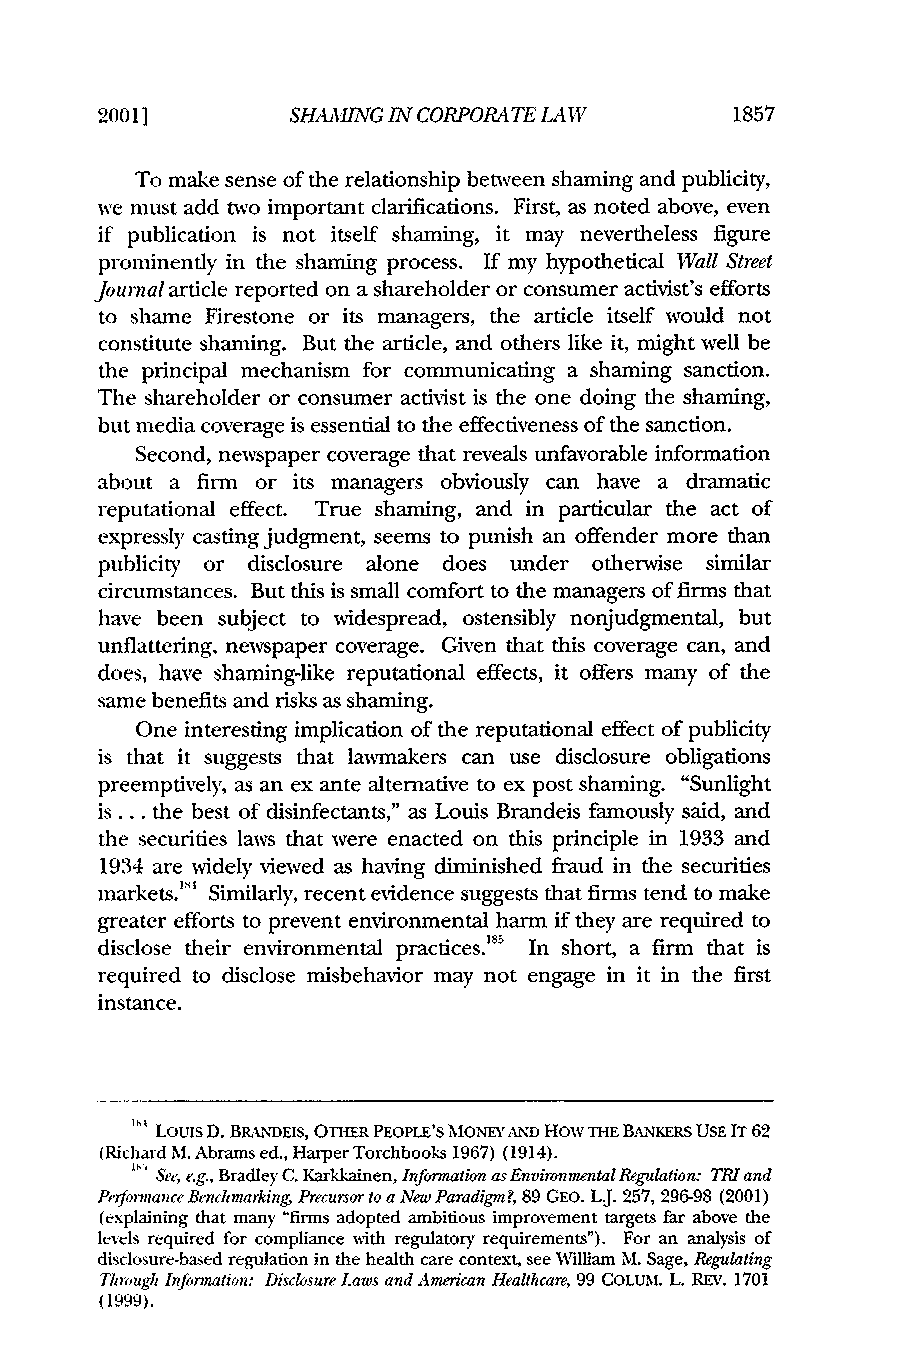
20011        SHAMING 1N CORPORATE LA      11857
 To make sense of the relationship between shaming and publicity,
 we must add two important clarifications. First, as noted above, even
 if publication is not itself shaming, it may nevertheless figure
 prominently in the shaming process. If my hypothetical Wall Street
 Journala rticle reported on a shareholder or consumer activist's efforts
 to shame Firestone or its managers, the article itself would not
 constitute shaming. But the article, and others like it, might well be
 the principal mechanism for communicating a shaming sanction.
 The shareholder or consumer activist is the one doing the shaming,
 but media coverage is essential to the effectiveness of the sanction.
 Second, newspaper coverage that reveals unfavorable information
 about a firm or its managers obviously can have a dramatic
 reputational effect. True shaming, and in particular the act of
 expressly casting judgment, seems to punish an offender more than
 publicity or disclosure alone does under otherwise similar
 circumstances. But this is small comfort to the managers of firms that
 have been subject to widespread, ostensibly nonjudgmental, but
 unflattering, newspaper coverage. Given that this coverage can, and
 does, have shaming-like reputational effects, it offers many of the
 same benefits and risks as shaming.
 One interesting implication of the reputational effect of publicity
 is that it suggests that lamakers can use disclosure obligations
 preemptively, as an ex ante alternative to ex post shaming. "Sunlight
 is... the best of disinfectants," as Louis Brandeis famously said, and
 the securities laws that were enacted on this principle in 1933 and
 1934 are widely viewed as having diminished fraud in the securities
 markets.'" Similarly, recent evidence suggests that firms tend to make
 greater efforts to prevent environmental harm if they are required to
 disclose their environmental practices."5 In short, a firm that is
 required to disclose misbehavior may not engage in it in the first
 instance.
 1
 Louis D. BRANDEIS, OTHER PEOPLE'S MONEY AND How THE BANKERS USE IT 62
 (Richard M. Abrams ed., Harper Torchbooks 1967) (1914).
 1 : See, e.g., Bradley C. Karkkainen, Information as EnvironmentalR egulation: TRI and
 PrifonnanceB enchmarking Precursort o a New Paradigm?,8 9 GEO. L.J. 257, 296-98 (2001)
 (explaining that man), "firms adopted ambitious improvement targets far above the
 levels required for compliance with regulatory requirements"). For an analysis of
 disclosure-based regulation in the health care context, see William M. Sage, Regulating
 Through Information: Disclosure Laws and American Healthcare, 99 COLUM. L. REV. 1701
 (1999).